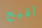
أقبح